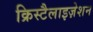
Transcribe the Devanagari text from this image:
क्रिस्टैलाइज़ेशन